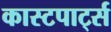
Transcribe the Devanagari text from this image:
कास्टपार्ट्स